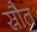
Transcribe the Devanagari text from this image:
स्रौत